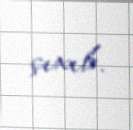
çıxıb.